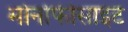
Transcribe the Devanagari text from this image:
मोनोफीसाइट